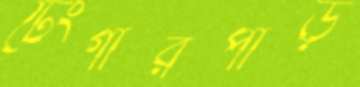
টেংগারপাড়